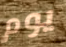
يوم